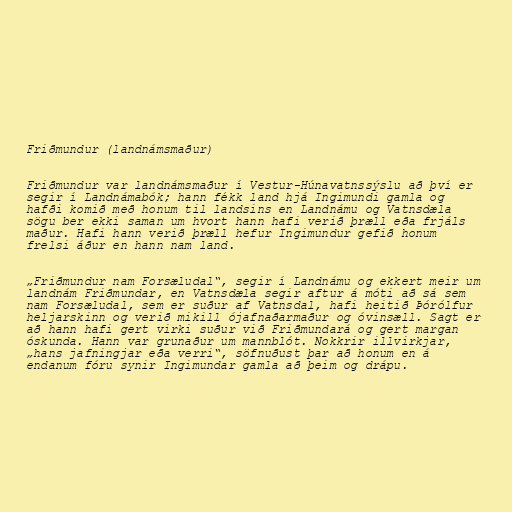
Friðmundur (landnámsmaður)

Friðmundur var landnámsmaður í Vestur-Húnavatnssýslu að því er
segir í Landnámabók; hann fékk land hjá Ingimundi gamla og
hafði komið með honum til landsins en Landnámu og Vatnsdæla
sögu ber ekki saman um hvort hann hafi verið þræll eða frjáls
maður. Hafi hann verið þræll hefur Ingimundur gefið honum
frelsi áður en hann nam land.

„Friðmundur nam Forsæludal“, segir í Landnámu og ekkert meir um
landnám Friðmundar, en Vatnsdæla segir aftur á móti að sá sem
nam Forsæludal, sem er suður af Vatnsdal, hafi heitið Þórólfur
heljarskinn og verið mikill ójafnaðarmaður og óvinsæll. Sagt er
að hann hafi gert virki suður við Friðmundará og gert margan
óskunda. Hann var grunaður um mannblót. Nokkrir illvirkjar,
„hans jafningjar eða verri“, söfnuðust þar að honum en á
endanum fóru synir Ingimundar gamla að þeim og drápu.